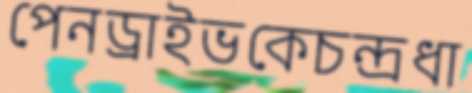
পেনড্রাইভকেচন্দ্রধা